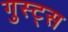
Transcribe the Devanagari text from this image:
गुस्ट्स